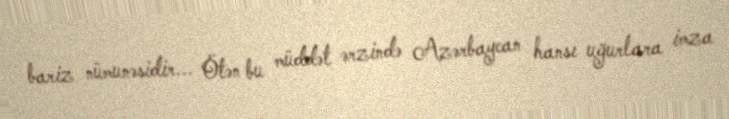
bariz nümunəsidir... Ötən bu müddət ərzində Azərbaycan hansı uğurlara imza